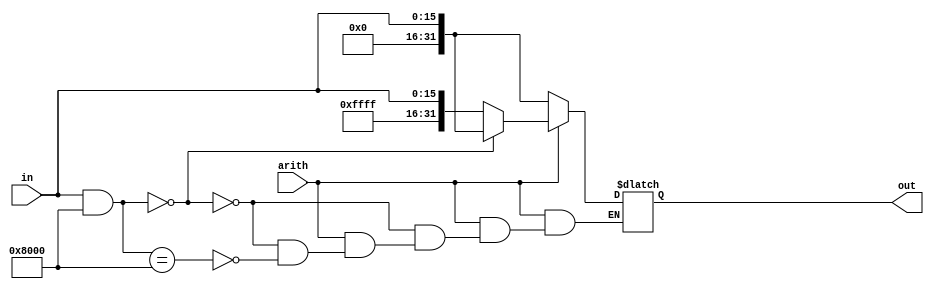
module SignExtension (in, arith, out);
	input [15:0]in;
	input arith;
	output [31:0]out;
	reg [31:0]out;	
	always @ (in or arith)
		begin
			if(arith == 1) 
				begin
					if((in & 16'b1000000000000000) == 16'b0000000000000000) begin out = {16'b0000000000000000, in}; end
					else if((in & 16'b1000000000000000) == 16'b1000000000000000) begin out = {16'b1111111111111111, in}; end	
				end 
			else if(arith == 0) begin out = {16'b0000000000000000, in}; end
		end		
endmodule